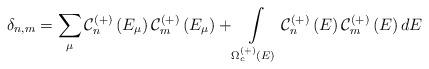
LaTeX: \begin{align*}\delta _{n,m}=\sum_{\mu }\mathcal{C}_{n}^{\left( +\right) }\left( E_{\mu}\right) \mathcal{C}_{m}^{\left( +\right) }\left( E_{\mu }\right)+\int\limits_{\Omega _{c}^{\left( +\right) }\left( E\right) }\mathcal{C}_{n}^{\left( +\right) }\left( E\right) \mathcal{C}_{m}^{\left( +\right)}\left( E\right) dE \end{align*}